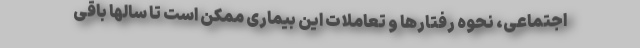
اجتماعی، نحوه رفتارها و تعاملات این بیماری ممکن است تا سالها باقی